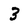
Character: 3